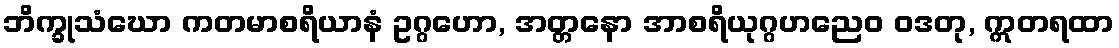
ဘိက္ခုသံဃော ကတမာစရိယာနံ ဥဂ္ဂဟော, အတ္တနော အာစရိယုဂ္ဂဟညေဝ ဝဒတု, ဣတရထာ